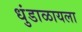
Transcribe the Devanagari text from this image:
धुंडाळायला